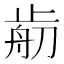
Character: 𣦃